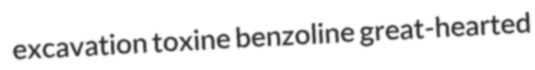
excavation toxine benzoline great-hearted